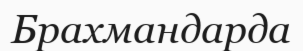
Брахмандарда